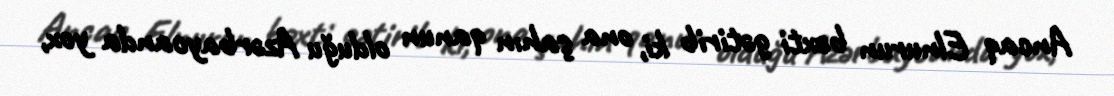
Ancaq Elnurun bəxti gətirib ki, ona şahın qanun olduğu Azərbaycanda yox,